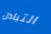
التبادل